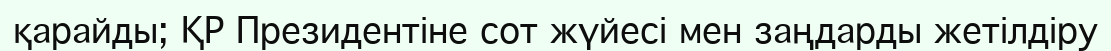
қарайды; ҚР Президентіне сот жүйесі мен заңдарды жетілдіру